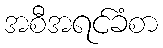
အစီအရင်ခံစာ